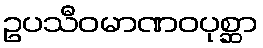
ဥပသီဝမာဏဝပုစ္ဆာ